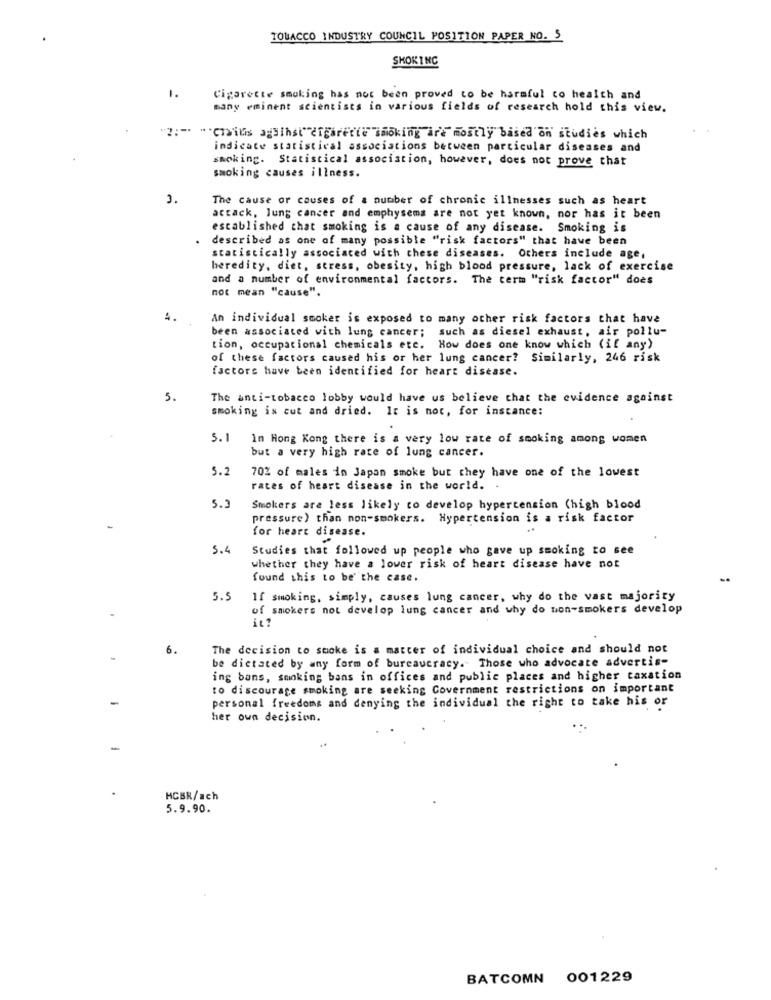
TOBACCO INDUSTRY COUNCIL POSITION PAPER NO. 5
SMOKING
1.
Cigarette smoking has not been proved to be harmful co health and
many eminent scientists in various fields of research hold this view.
"":" "Chilis against" cigarette smoking are mostly based on studies which
indicate statistical associations between particular diseases and
smoking. Statistical association, however, does not prove that
smoking causes illness.
3.
The cause or causes of a number of chronic illnesses such as heart
actack, lung cancer and emphysema are not yet known, nor has it been
established that smoking is a cause of any disease. Smoking is
described as one of many possible "risk factors" that have been
statistically associated with these diseases. Others include age,
heredity, diet, stress, obesity, high blood pressure, lack of exercise
and a number of environmental factors. The term "risk factor" does
not mean "cause".
An individual smoker is exposed to many other risk factors that have
been associated with lung cancer; such as diesel exhaust, air pollu-
tion, occupational chemicals etc. How does one know which (if any)
of these factors caused his or her lung cancer? Similarly, 246 risk
factors have been identified for heart disease.
5.
The anti-tobacco lobby would have us believe that the evidence against
smoking is cut and dried. It is not, for instance:
5.1
In Hong Kong there is a very low rate of smoking among women
but a very high rate of lung cancer.
5.2
70% of males in Japan smoke but they have one of the lowest
rates of heart disease in the world. .
5.3
Smokers are less likely to develop hypertension (high blood
pressure) than non-smokers. Hypertension is a risk factor
for heart disease.
5.4
Studies that followed up people who gave up smoking to see
whether they have a lower risk of heart disease have not
found this to be the case.
5.5
If smoking, simply, causes lung cancer, why do the vast majority
of smokers not develop lung cancer and why do non-smokers develop
it?
6.
The decision to smoke is a matter of individual choice and should not
be dictated by any form of bureaucracy. Those who advocate advertis-
ing bans, smoking bans in offices and public places and higher taxation
to discourage smoking are seeking Government restrictions on important
personal freedoms and denying the individual the right to take his or
her own decision.
HCBR/ach
5.9.90.
BATCOMN 001229